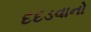
દદડવાનો